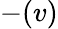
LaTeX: -(v)